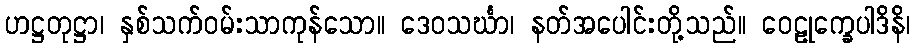
ဟဋ္ဌတုဋ္ဌာ၊ နှစ်သက်ဝမ်းသာကုန်သော။ ဒေဝသင်္ဃာ၊ နတ်အပေါင်းတို့သည်။ ဝေဠုက္ခေပါဒိနိ၊